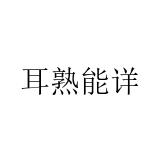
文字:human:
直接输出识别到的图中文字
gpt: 耳熟能详